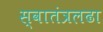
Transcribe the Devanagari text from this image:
स्वातंत्रलढा